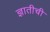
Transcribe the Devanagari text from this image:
ज्ञातीची